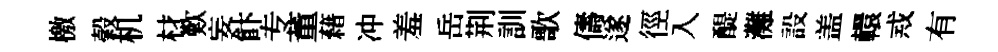
檄榖机材歎妄飰专董藉冲羞岳荆訓歌儔遂徑入醍灘設盖轘𢦶有